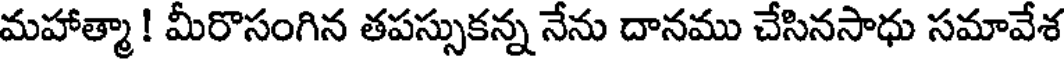
మహాత్మా ! మీరొసంగిన తపస్సుకన్న నేను దానము చేసినసాధు సమావేశ